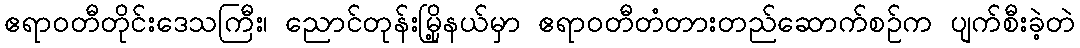
ဧရာဝတီတိုင်းဒေသကြီး၊ ညောင်တုန်းမြို့နယ်မှာ ဧရာဝတီတံတားတည်ဆောက်စဉ်က ပျက်စီးခဲ့တဲ